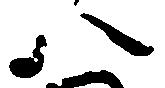
八